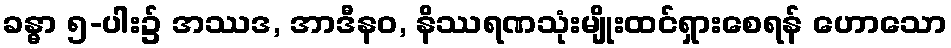
ခန္ဓာ ၅-ပါး၌ အဿဒ, အာဒီနဝ, နိဿရဏသုံးမျိုးထင်ရှားစေရန် ဟောသော